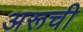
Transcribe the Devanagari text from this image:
अरूची